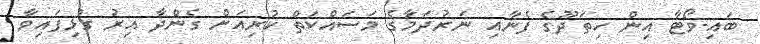
ބައި-ވޯޓާ އިން ހިތަދޫގެ ފެނާއި ނަރުދަމާގެ މަސައްކަތް ކުރިއަށް ގެންދާ އިރު ގުޅިފައިވާ